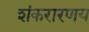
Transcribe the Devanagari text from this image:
शंकरारणय